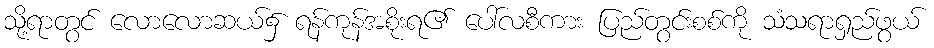
သို့ရာတွင် လောလောဆယ်၌ ရန်ကုန်အစိုးရ၏ ပေါ်လစီကား ပြည်တွင်းစစ်ကို သံသရာရှည်ဖွယ်